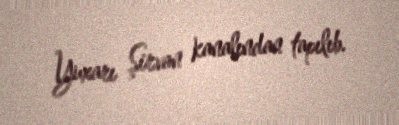
Yuxarı Şirvan kanalından tapılıb.